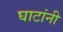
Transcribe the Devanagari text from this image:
घाटांनी